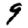
Digit: 9